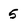
Character: 5